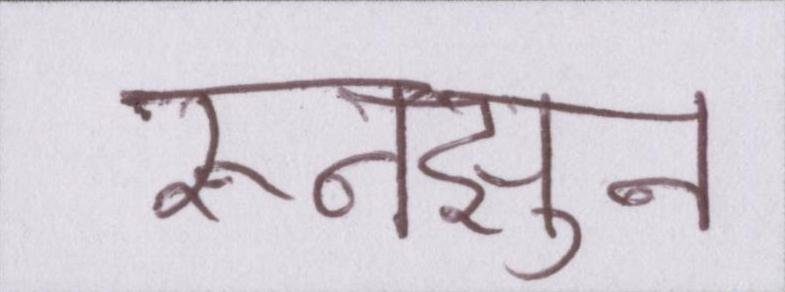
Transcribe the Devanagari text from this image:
रुनझुन